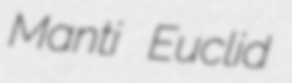
Manti Euclid